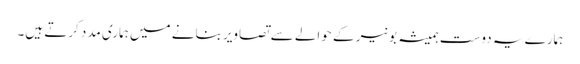
ہمارے یہ دوست ہمیشہ بونیر کے حوالے سے تصاویر بنانے میں ہماری مدد کرتے ہیں۔